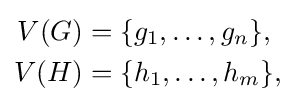
{\begin{aligned}V(G)&=\{g_{1},\ldots ,g_{n}\},\\V(H)&=\{h_{1},\ldots ,h_{m}\},\end{aligned}}